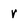
Character: V